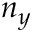
n _ { y }